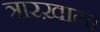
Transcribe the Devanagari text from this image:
त्रारख़ाल।